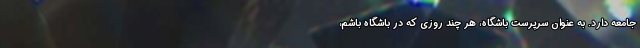
جامعه دارد. به عنوان سرپرست باشگاه، هر چند روزی که در باشگاه باشم،